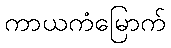
ကာယကံမြောက်